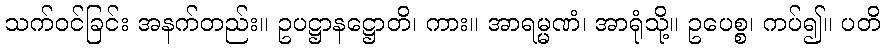
သက်ဝင်ခြင်း အနက်တည်း။ ဥပဋ္ဌာနဋ္ဌောတိ၊ ကား။ အာရမ္မဏံ၊ အာရုံသို့။ ဥပေစ္စ၊ ကပ်၍။ ပတိ